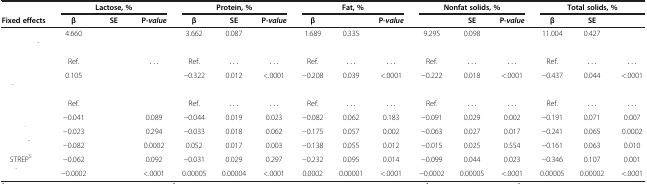
<table><thead><tr><td>[EMPTY_CELL]</td><td colspan="3"><b>Lactose, %</b></td><td colspan="3"><b>Protein, %</b></td><td colspan="3"><b>Fat, %</b></td><td colspan="3"><b>Nonfat solids, %</b></td><td colspan="3"><b>Total solids, %</b></td></tr><tr><td><b>Fixed effects</b></td><td><b>β</b></td><td><b>SE</b></td><td><b>P-<i>value</i></b></td><td><b>β</b></td><td><b>SE</b></td><td><b>P-<i>value</i></b></td><td><b>β</b></td><td>[EMPTY_CELL]</td><td><b>P-<i>value</i></b></td><td>[EMPTY_CELL]</td><td><b>SE</b></td><td><b>P-<i>value</i></b></td><td><b>β</b></td><td><b>SE</b></td><td>[EMPTY_CELL]</td></tr></thead><tbody><tr><td>[EMPTY_CELL]</td><td>4.660</td><td>[EMPTY_CELL]</td><td>[EMPTY_CELL]</td><td>3.662</td><td>0.087</td><td>[EMPTY_CELL]</td><td>1.689</td><td>0.335</td><td>[EMPTY_CELL]</td><td>9.295</td><td>0.098</td><td>[EMPTY_CELL]</td><td>11.004</td><td>0.427</td><td>[EMPTY_CELL]</td></tr><tr><td>[EMPTY_CELL]</td><td>[EMPTY_CELL]</td><td>[EMPTY_CELL]</td><td>[EMPTY_CELL]</td><td>[EMPTY_CELL]</td><td>[EMPTY_CELL]</td><td>[EMPTY_CELL]</td><td>[EMPTY_CELL]</td><td>[EMPTY_CELL]</td><td>[EMPTY_CELL]</td><td>[EMPTY_CELL]</td><td>[EMPTY_CELL]</td><td>[EMPTY_CELL]</td><td>[EMPTY_CELL]</td><td>[EMPTY_CELL]</td><td>[EMPTY_CELL]</td></tr><tr><td>[EMPTY_CELL]</td><td>Ref.</td><td>[EMPTY_CELL]</td><td>...</td><td>Ref.</td><td>...</td><td>...</td><td>Ref.</td><td>...</td><td>...</td><td>Ref.</td><td>...</td><td>...</td><td>Ref.</td><td>...</td><td>...</td></tr><tr><td>[EMPTY_CELL]</td><td>0.105</td><td>[EMPTY_CELL]</td><td>[EMPTY_CELL]</td><td>−0.322</td><td>0.012</td><td>&lt;.0001</td><td>−0.208</td><td>0.039</td><td>&lt;.0001</td><td>−0.222</td><td>0.018</td><td>&lt;.0001</td><td>−0.437</td><td>0.044</td><td>&lt;.0001</td></tr><tr><td>[EMPTY_CELL]</td><td>[EMPTY_CELL]</td><td>[EMPTY_CELL]</td><td>[EMPTY_CELL]</td><td>[EMPTY_CELL]</td><td>[EMPTY_CELL]</td><td>[EMPTY_CELL]</td><td>[EMPTY_CELL]</td><td>[EMPTY_CELL]</td><td>[EMPTY_CELL]</td><td>[EMPTY_CELL]</td><td>[EMPTY_CELL]</td><td>[EMPTY_CELL]</td><td>[EMPTY_CELL]</td><td>[EMPTY_CELL]</td><td>[EMPTY_CELL]</td></tr><tr><td>[EMPTY_CELL]</td><td>Ref.</td><td>[EMPTY_CELL]</td><td>[EMPTY_CELL]</td><td>Ref.</td><td>...</td><td>...</td><td>Ref.</td><td>...</td><td>...</td><td>Ref.</td><td>...</td><td>...</td><td>Ref.</td><td>...</td><td>...</td></tr><tr><td>[EMPTY_CELL]</td><td>−0.041</td><td>[EMPTY_CELL]</td><td>0.089</td><td>−0.044</td><td>0.019</td><td>0.023</td><td>−0.082</td><td>0.062</td><td>0.183</td><td>−0.091</td><td>0.029</td><td>0.002</td><td>−0.191</td><td>0.071</td><td>0.007</td></tr><tr><td>[EMPTY_CELL]</td><td>−0.023</td><td>[EMPTY_CELL]</td><td>0.294</td><td>−0.033</td><td>0.018</td><td>0.062</td><td>−0.175</td><td>0.057</td><td>0.002</td><td>−0.063</td><td>0.027</td><td>0.017</td><td>−0.241</td><td>0.065</td><td>0.0002</td></tr><tr><td>[EMPTY_CELL]</td><td>−0.082</td><td>[EMPTY_CELL]</td><td>0.0002</td><td>0.052</td><td>0.017</td><td>0.003</td><td>−0.138</td><td>0.055</td><td>0.012</td><td>−0.015</td><td>0.025</td><td>0.554</td><td>−0.161</td><td>0.063</td><td>0.010</td></tr><tr><td> STREP<sup>5</sup></td><td>−0.062</td><td>[EMPTY_CELL]</td><td>0.092</td><td>−0.031</td><td>0.029</td><td>0.297</td><td>−0.232</td><td>0.095</td><td>0.014</td><td>−0.099</td><td>0.044</td><td>0.023</td><td>−0.346</td><td>0.107</td><td>0.001</td></tr><tr><td>[EMPTY_CELL]</td><td>−0.0002</td><td>[EMPTY_CELL]</td><td>&lt;.0001</td><td>0.00005</td><td>0.00004</td><td>&lt;.0001</td><td>0.0002</td><td>0.00001</td><td>&lt;.0001</td><td>−0.0002</td><td>0.00005</td><td>&lt;.0001</td><td>0.00005</td><td>0.00002</td><td>&lt;.0001</td></tr></tbody></table>